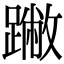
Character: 䠥